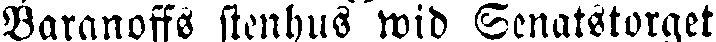
Baranoffs stenhus wid Senatstorget.